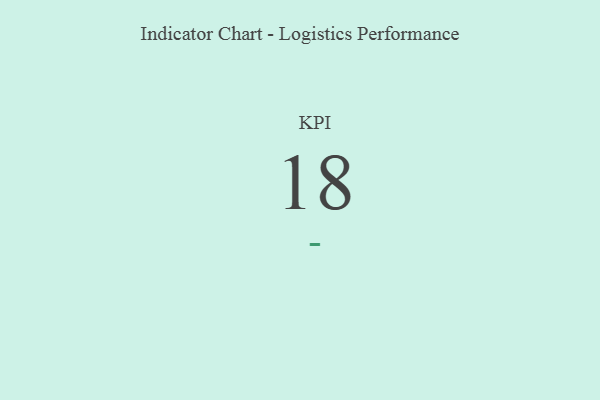
{"axis": {"x": "KPI", "y": "Value"}, "legend": [""], "data": [{"x": "KPI", "y": 18, "type": ""}]}